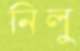
নিলু